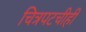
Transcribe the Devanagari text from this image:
चित्रपटचीही